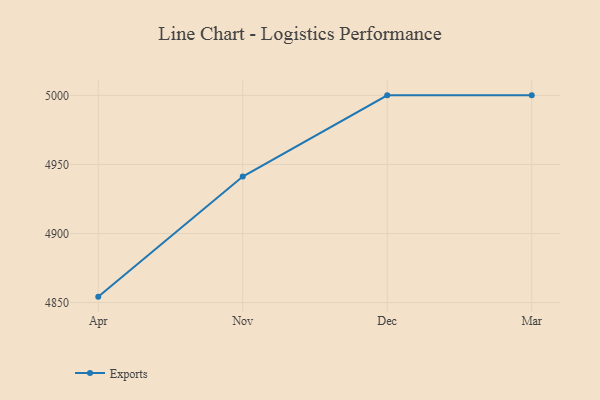
{"axis": {"x": "Month", "y": "Net Income (USD K)"}, "legend": ["Exports"], "data": [{"x": "Apr", "y": 4854.3, "type": "Exports"}, {"x": "Nov", "y": 4941.2, "type": "Exports"}, {"x": "Dec", "y": 5000, "type": "Exports"}, {"x": "Mar", "y": 5000, "type": "Exports"}]}